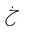
Letter: _kha